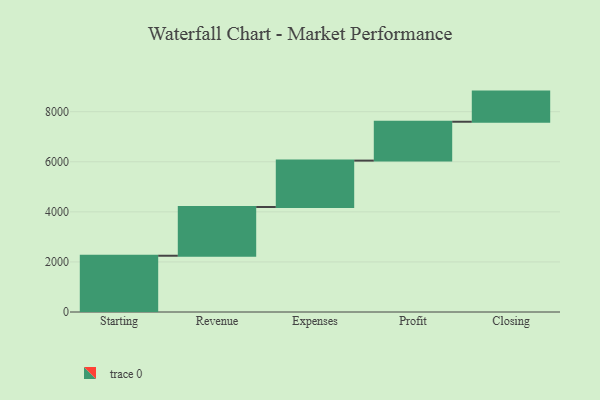
{"axis": {"x": "Step", "y": "Value"}, "legend": [""], "data": [{"x": "Starting", "y": 2247.0, "type": ""}, {"x": "Revenue", "y": 1947.0, "type": ""}, {"x": "Expenses", "y": 1853.0, "type": ""}, {"x": "Profit", "y": 1552.0, "type": ""}, {"x": "Closing", "y": 1204.0, "type": ""}]}